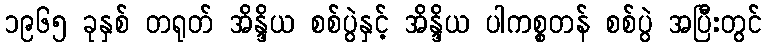
၁၉၆၅ ခုနှစ် တရုတ် အိန္ဒိယ စစ်ပွဲနှင့် အိန္ဒိယ ပါကစ္စတန် စစ်ပွဲ အပြီးတွင်